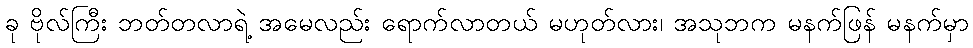
ခု ဗိုလ်ကြီး ဘတ်တလာရဲ့ အမေလည်း ရောက်လာတယ် မဟုတ်လား၊ အသုဘက မနက်ဖြန် မနက်မှာ